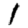
Digit: 1